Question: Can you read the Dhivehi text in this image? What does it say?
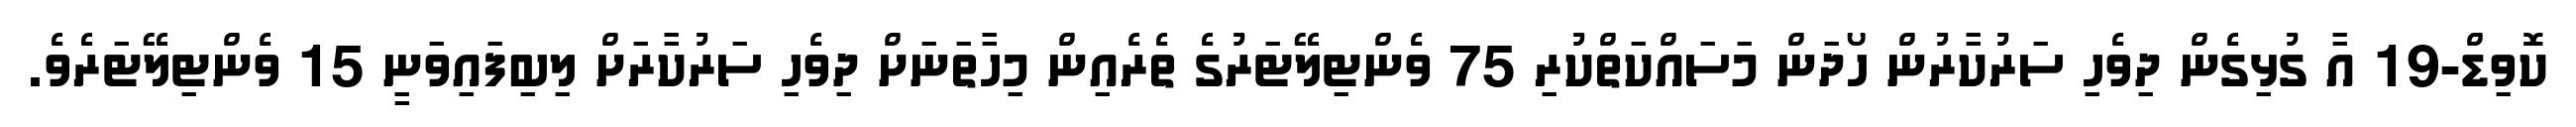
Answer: ކޮވިޑް-19 އާ ގުޅިގެން ދިވެހި ސަރުކާރުން ހޯދަން މަސައްކަތްކުރި 75 ވެންޓިލޭޓަރުގެ ތެރެއިން މިހާތަނަށް ދިވެހި ސަރުކާރަށް ލިބިފައިވަނީ 15 ވެންޓިލޭޓަރެވެ.